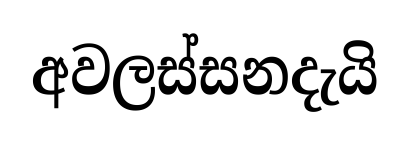
අවලස්සනදැයි